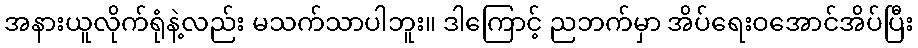
အနားယူလိုက်ရုံနဲ့လည်း မသက်သာပါဘူး။ ဒါကြောင့် ညဘက်မှာ အိပ်ရေးဝအောင်အိပ်ပြီး